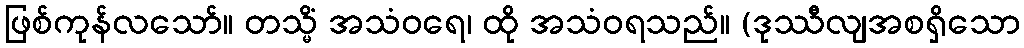
ဖြစ်ကုန်လသော်။ တသ္မိံ အသံဝရေ၊ ထို အသံဝရသည်။ (ဒုဿီလျအစရှိသော